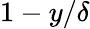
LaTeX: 1-y/\delta